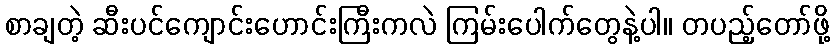
စာချတဲ့ ဆီးပင်ကျောင်းဟောင်းကြီးကလဲ ကြမ်းပေါက်တွေနဲ့ပါ။ တပည့်တော်ဖို့